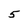
Character: 5